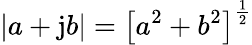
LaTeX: |a+\mathrm{j}b|=\left[a^{2}+b^{2}\right]^{\frac{1}{2}}